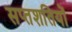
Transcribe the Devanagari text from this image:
सप्तशतियों